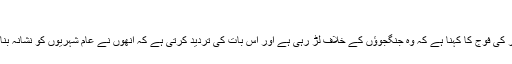
’
میانمار کی فوج کا کہنا ہے کہ وہ جنگجوؤں کے خلاف لڑ رہی ہے اور اس بات کی تردید کرتی ہے کہ انھوں نے عام شہریوں کو نشانہ بنایا ہے۔